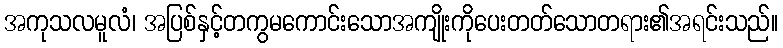
အကုသလမူလံ၊ အပြစ်နှင့်တကွမကောင်းသောအကျိုးကိုပေးတတ်သောတရား၏အရင်းသည်။